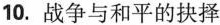
10.战争与和平的抉择